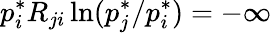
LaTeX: p_{i}^{*}R_{ji}\ln({p_{j}^{*}}/{p_{i}^{*}})=-\infty